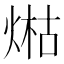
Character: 𤋹